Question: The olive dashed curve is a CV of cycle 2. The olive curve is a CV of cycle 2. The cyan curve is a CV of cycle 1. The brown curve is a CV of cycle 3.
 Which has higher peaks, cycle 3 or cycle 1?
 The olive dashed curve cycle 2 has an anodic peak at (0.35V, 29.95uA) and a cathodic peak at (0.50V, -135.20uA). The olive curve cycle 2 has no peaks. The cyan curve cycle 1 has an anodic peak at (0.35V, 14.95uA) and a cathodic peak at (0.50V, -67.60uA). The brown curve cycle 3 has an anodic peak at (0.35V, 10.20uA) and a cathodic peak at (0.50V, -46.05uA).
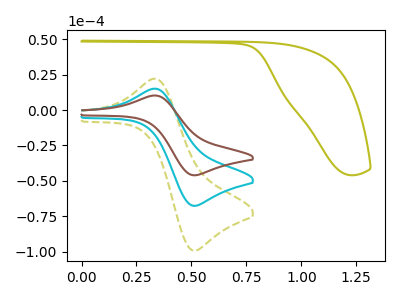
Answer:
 <answer>Every peak in "cycle 3" is lower than every peak in "cycle 1".</answer>
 <eval>lower</eval>